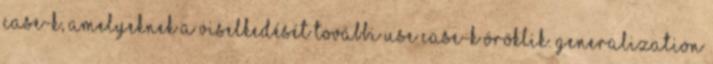
case-k, amelyeknek a viselkedését további use case-k öröklik. generalization